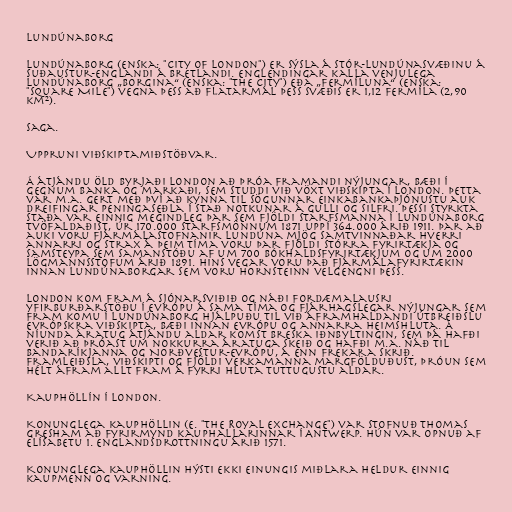
Lundúnaborg

Lundúnaborg (enska: "City of London") er sýsla á Stór-Lundúnasvæðinu á
Suðaustur-Englandi á Bretlandi. Englendingar kalla venjulega
Lundúnaborg „Borgina“ (enska: "the City") eða „Fermíluna“ (enska:
"Square Mile") vegna þess að flatarmál þess svæðis er 1,12 fermíla (2,90
km²).

Saga.

Uppruni viðskiptamiðstöðvar.

Á átjándu öld byrjaði London að þróa framandi nýjungar, bæði í
gegnum banka og markaði, sem studdi við vöxt viðskipta í London. Þetta
var m.a. gert með því að kynna til sögunnar einkabankaþjónustu auk
dreifingar peningaseðla í stað notkunar á gulli og silfri. Þessi styrkta
staða var einnig megindleg þar sem fjöldi starfsmanna í Lundúnaborg
tvöfaldaðist, úr 170.000 starfsmönnum 1871 uppí 364.000 árið 1911. Þar að
auki voru fjármálastofnanir Lundúna mjög samtvinnaðar hverri
annarri og strax á þeim tíma voru þar fjöldi stórra fyrirtækja og
samsteypa sem samanstóðu af um 700 bókhaldsfyrirtækjum og um 2000
lögmannsstofum árið 1891. Hins vegar voru það fjármálafyrirtækin
innan Lundúnaborgar sem voru hornsteinn velgengni þess.

London kom fram á sjónarsviðið og náði fordæmalausri
yfirburðarstöðu í Evrópu á sama tíma og fjárhagslegar nýjungar sem
fram komu í Lundúnaborg hjálpuðu til við áframhaldandi útbreiðslu
evrópskra viðskipta, bæði innan Evrópu og annarra heimshluta. Á
níunda áratug átjándu aldar komst breska iðnbyltingin, sem þá hafði
verið að þróast um nokkurra áratuga skeið og hafði m.a. náð til
Bandaríkjanna og Norðvestur-Evrópu, á enn frekara skrið.
Framleiðsla, viðskipti og fjöldi verkamanna margfölduðust, þróun sem
hélt áfram allt fram á fyrri hluta tuttugustu aldar.

Kauphöllín í London.

Konunglega kauphöllin (e. "The Royal Exchange") var stofnuð Thomas
Gresham að fyrirmynd kauphallarinnar í Antwerp. Hún var opnuð af
Elísabetu 1. Englandsdrottningu árið 1571.

Konunglega kauphöllin hýsti ekki einungis miðlara heldur einnig
kaupmenn og varning.